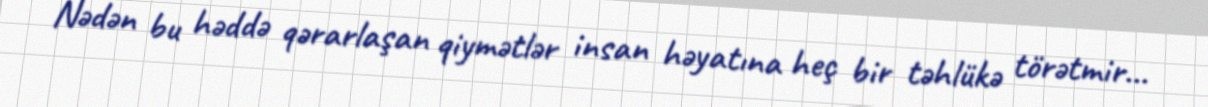
Nədən bu həddə qərarlaşan qiymətlər insan həyatına heç bir təhlükə törətmir...